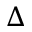
\Delta